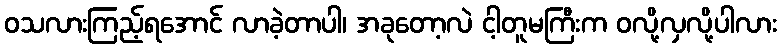
ဝသလားကြည့်ရအောင် လာခဲ့တာပါ၊ အခုတော့လဲ ငါ့တူမကြီးက ဝလို့လှလို့ပါလား